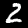
Label: 2